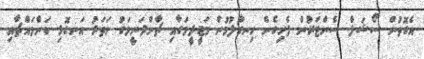
އެގޮތުން ސޯޝަލް ސެންޓަރުން ފެށިގެން ހިނގާލުމުން މަޖީދީމަގާއި ޗާންދަނީމަގު ހަތަރު އަނގޮޅި ކަންމައްޗާއި